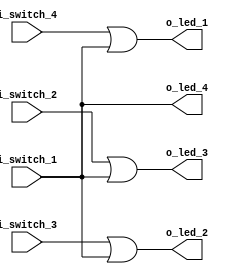
module example_1
(
	input i_switch_1,
	input i_switch_2,
	input i_switch_3,
	input i_switch_4,
	output o_led_1,
	output o_led_2,
	output o_led_3,
	output o_led_4
);

assign	o_led_4 = i_switch_1;
assign	o_led_3 = i_switch_2 | i_switch_1;
assign	o_led_2 = i_switch_3 | i_switch_1;
assign	o_led_1 = i_switch_4 | i_switch_1;

endmodule